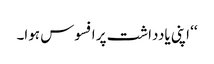
‘‘ اپنی یادداشت پر افسوس ہوا۔